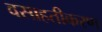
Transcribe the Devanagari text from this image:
वसाहतीकरण